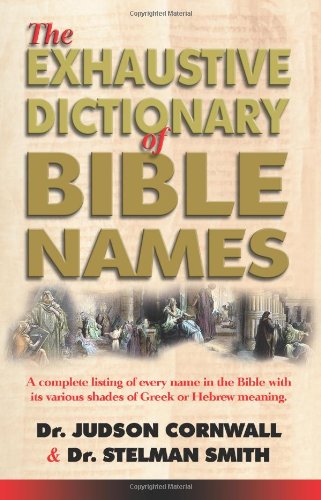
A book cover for Exhaustive Bible Names Dictionary; Dr. Stelman Smith; Christian Books & Bibles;